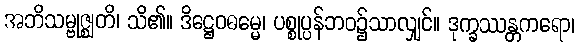
အဘိသမ္ဗုဇ္ဈတိ၊ သိ၏။ ဒိဋ္ဌေဝဓမ္မေ၊ ပစ္စုပ္ပန်ဘဝ၌သာလျှင်။ ဒုက္ခဿန္တကရော၊